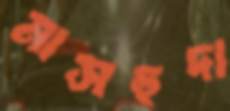
মাসহুদা